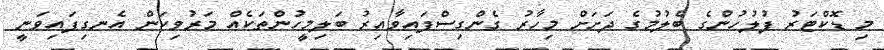
މި ޑޮކްޓަރު ފުލުހުންގެ ބެލުމުގެ ދަށަށް މިހާރު ގެންގިސްފައިވާއިރު ބަލިމީހުންތަކެއް މަރުވިކަން އެނގިފައިވަނީ